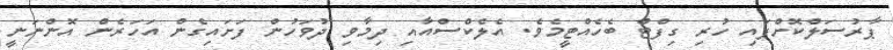
ޕާރުސަލްކޮށްފައި ހުރި ގިފްޓް ބެހެއްޓީމެވެ. އެލެކްސްއާއި ދިމާވި ދުވަހުން ފަށައިގެން އަހަރެން އޮންނަނީ